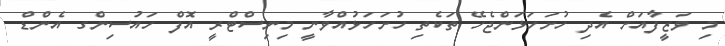
މި ވަޒީފާއަށް އެދި ހުށަހަޅަންޖެހޭ ތަކެތި ހުށަހަޅުއްވާނީ މިނިސްޓްރީ އޮފް ހައުސިންގ އެންޑް